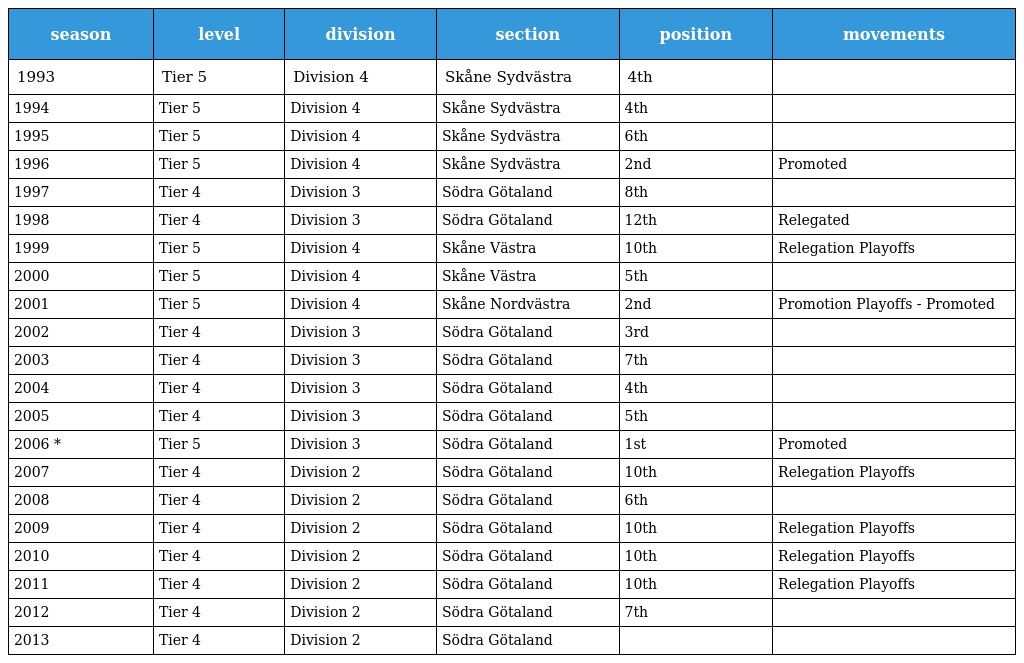
| season | level | division | section | position | movements |
 | --- | --- | --- | --- | --- | --- |
 | 1993 | Tier 5 | Division 4 | Skåne Sydvästra | 4th |  |
 | 1994 | Tier 5 | Division 4 | Skåne Sydvästra | 4th |  |
 | 1995 | Tier 5 | Division 4 | Skåne Sydvästra | 6th |  |
 | 1996 | Tier 5 | Division 4 | Skåne Sydvästra | 2nd | Promoted |
 | 1997 | Tier 4 | Division 3 | Södra Götaland | 8th |  |
 | 1998 | Tier 4 | Division 3 | Södra Götaland | 12th | Relegated |
 | 1999 | Tier 5 | Division 4 | Skåne Västra | 10th | Relegation Playoffs |
 | 2000 | Tier 5 | Division 4 | Skåne Västra | 5th |  |
 | 2001 | Tier 5 | Division 4 | Skåne Nordvästra | 2nd | Promotion Playoffs - Promoted |
 | 2002 | Tier 4 | Division 3 | Södra Götaland | 3rd |  |
 | 2003 | Tier 4 | Division 3 | Södra Götaland | 7th |  |
 | 2004 | Tier 4 | Division 3 | Södra Götaland | 4th |  |
 | 2005 | Tier 4 | Division 3 | Södra Götaland | 5th |  |
 | 2006 * | Tier 5 | Division 3 | Södra Götaland | 1st | Promoted |
 | 2007 | Tier 4 | Division 2 | Södra Götaland | 10th | Relegation Playoffs |
 | 2008 | Tier 4 | Division 2 | Södra Götaland | 6th |  |
 | 2009 | Tier 4 | Division 2 | Södra Götaland | 10th | Relegation Playoffs |
 | 2010 | Tier 4 | Division 2 | Södra Götaland | 10th | Relegation Playoffs |
 | 2011 | Tier 4 | Division 2 | Södra Götaland | 10th | Relegation Playoffs |
 | 2012 | Tier 4 | Division 2 | Södra Götaland | 7th |  |
 | 2013 | Tier 4 | Division 2 | Södra Götaland |  |  |